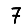
Digit: 7